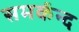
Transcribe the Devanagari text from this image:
समर्कन्द